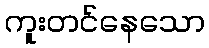
ကူးတင်နေသော